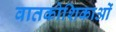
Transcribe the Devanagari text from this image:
वातकोशिकाओं